Scottish Leaving Certificate Examination, 1956
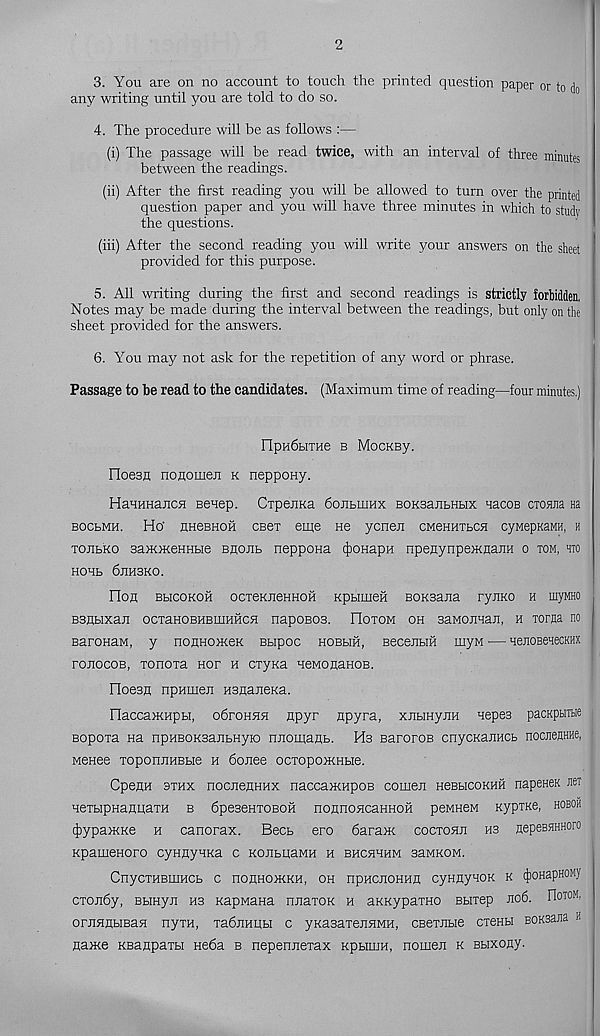
3. You are on no account to touch the printed question paper or to do
any writing until you are told to do so.
4. The procedure will be as follows :—
(i) The passage will be read twice, with an interval of three minutes
between the readings.
(ii) After the first reading you will be allowed to turn over the printed
question paper and you will have three minutes in which to study
the questions.
(iii) After the second reading you will write your answers on the sheet
provided for this purpose.
5. All writing during the first and second readings is strictly forbidden.
Notes may be made during the interval between the readings, but only on the
sheet provided for the answers.
6. You may not ask for the repetition of any word or phrase.
Passage to be read to the candidates. (Maximum time of reading—four minutes.)
FIpHbbiTHe b MocKBy.
Floesfl noxtomeji k neppony.
HaHnnajicfl Benep. CxpenKa 6ohbiijhx BOKsajitHLix nacoB CToana na
bocbmh. Ho' nHeBHoii cbbt eme ne ycnen CMeroiTbCfl cyMepnaMH, h
TOJibko saxoKeHHbie Buoaib neppona (jaoHapn npenynpeaKnami o tom, hto
HOHb 6J1H3KO.
FIoh bhcokoh ocieKJieHHOH KpbimeH BOKBajia ryjiKO h myMHO
Bsubixan ocxaHOBHBiUHHCH napoBos. IIotom oh BaMonnaji, h rorna no
BaronaM, y nonHoxceK Bbipoc hobbih, Becenbm myn ■— HenoBeaecKHX
ronocoB, Tonoxa hox h cxyKa HeMonanoB.
floesH npHmen naaaneKa.
riaccaoKHpbi, obroHHH apyr Hpyra, xnbinyriH Hepes pacKptiffle
Bopoxa na npHBOKBanbHyio nnomanb. Hs BaroroB cnycKanHCb nocnettHne,
Menee ToporuiHBbie h donee ocxoporKHbie.
CpertH 3XHX nocnenHHx nacca>KHpoB comen HeBbicoKHii napeHOK nei
HexbipnajmaxH b dpeseHXOBOH nonnoncaHHOH pewneM KypiKe, hobok
^jypaoKKe h canorax. Becb ero daranc cocxonn hs nepeBHHHoro
Kpamenoro cyHnyHKa c KonbitaMH h bhchhhm sawROM.
CnycxuBiiiHCb c nonnooRKH, oh npHcnoHHB cynnyHOR k <})OHapH0My
cxondy, BHHyn hs RapnaHa nnaxoR h aRRypaxno Bbixep nod. Hotoh,
ornnnbiBan nyxn, xadnHHbi c yRasaxennMH, cBexnbie cxenbi BOKsana x
nance RBanpaxbi neda b nepennexax KpbimH, nomen R Bbixony-